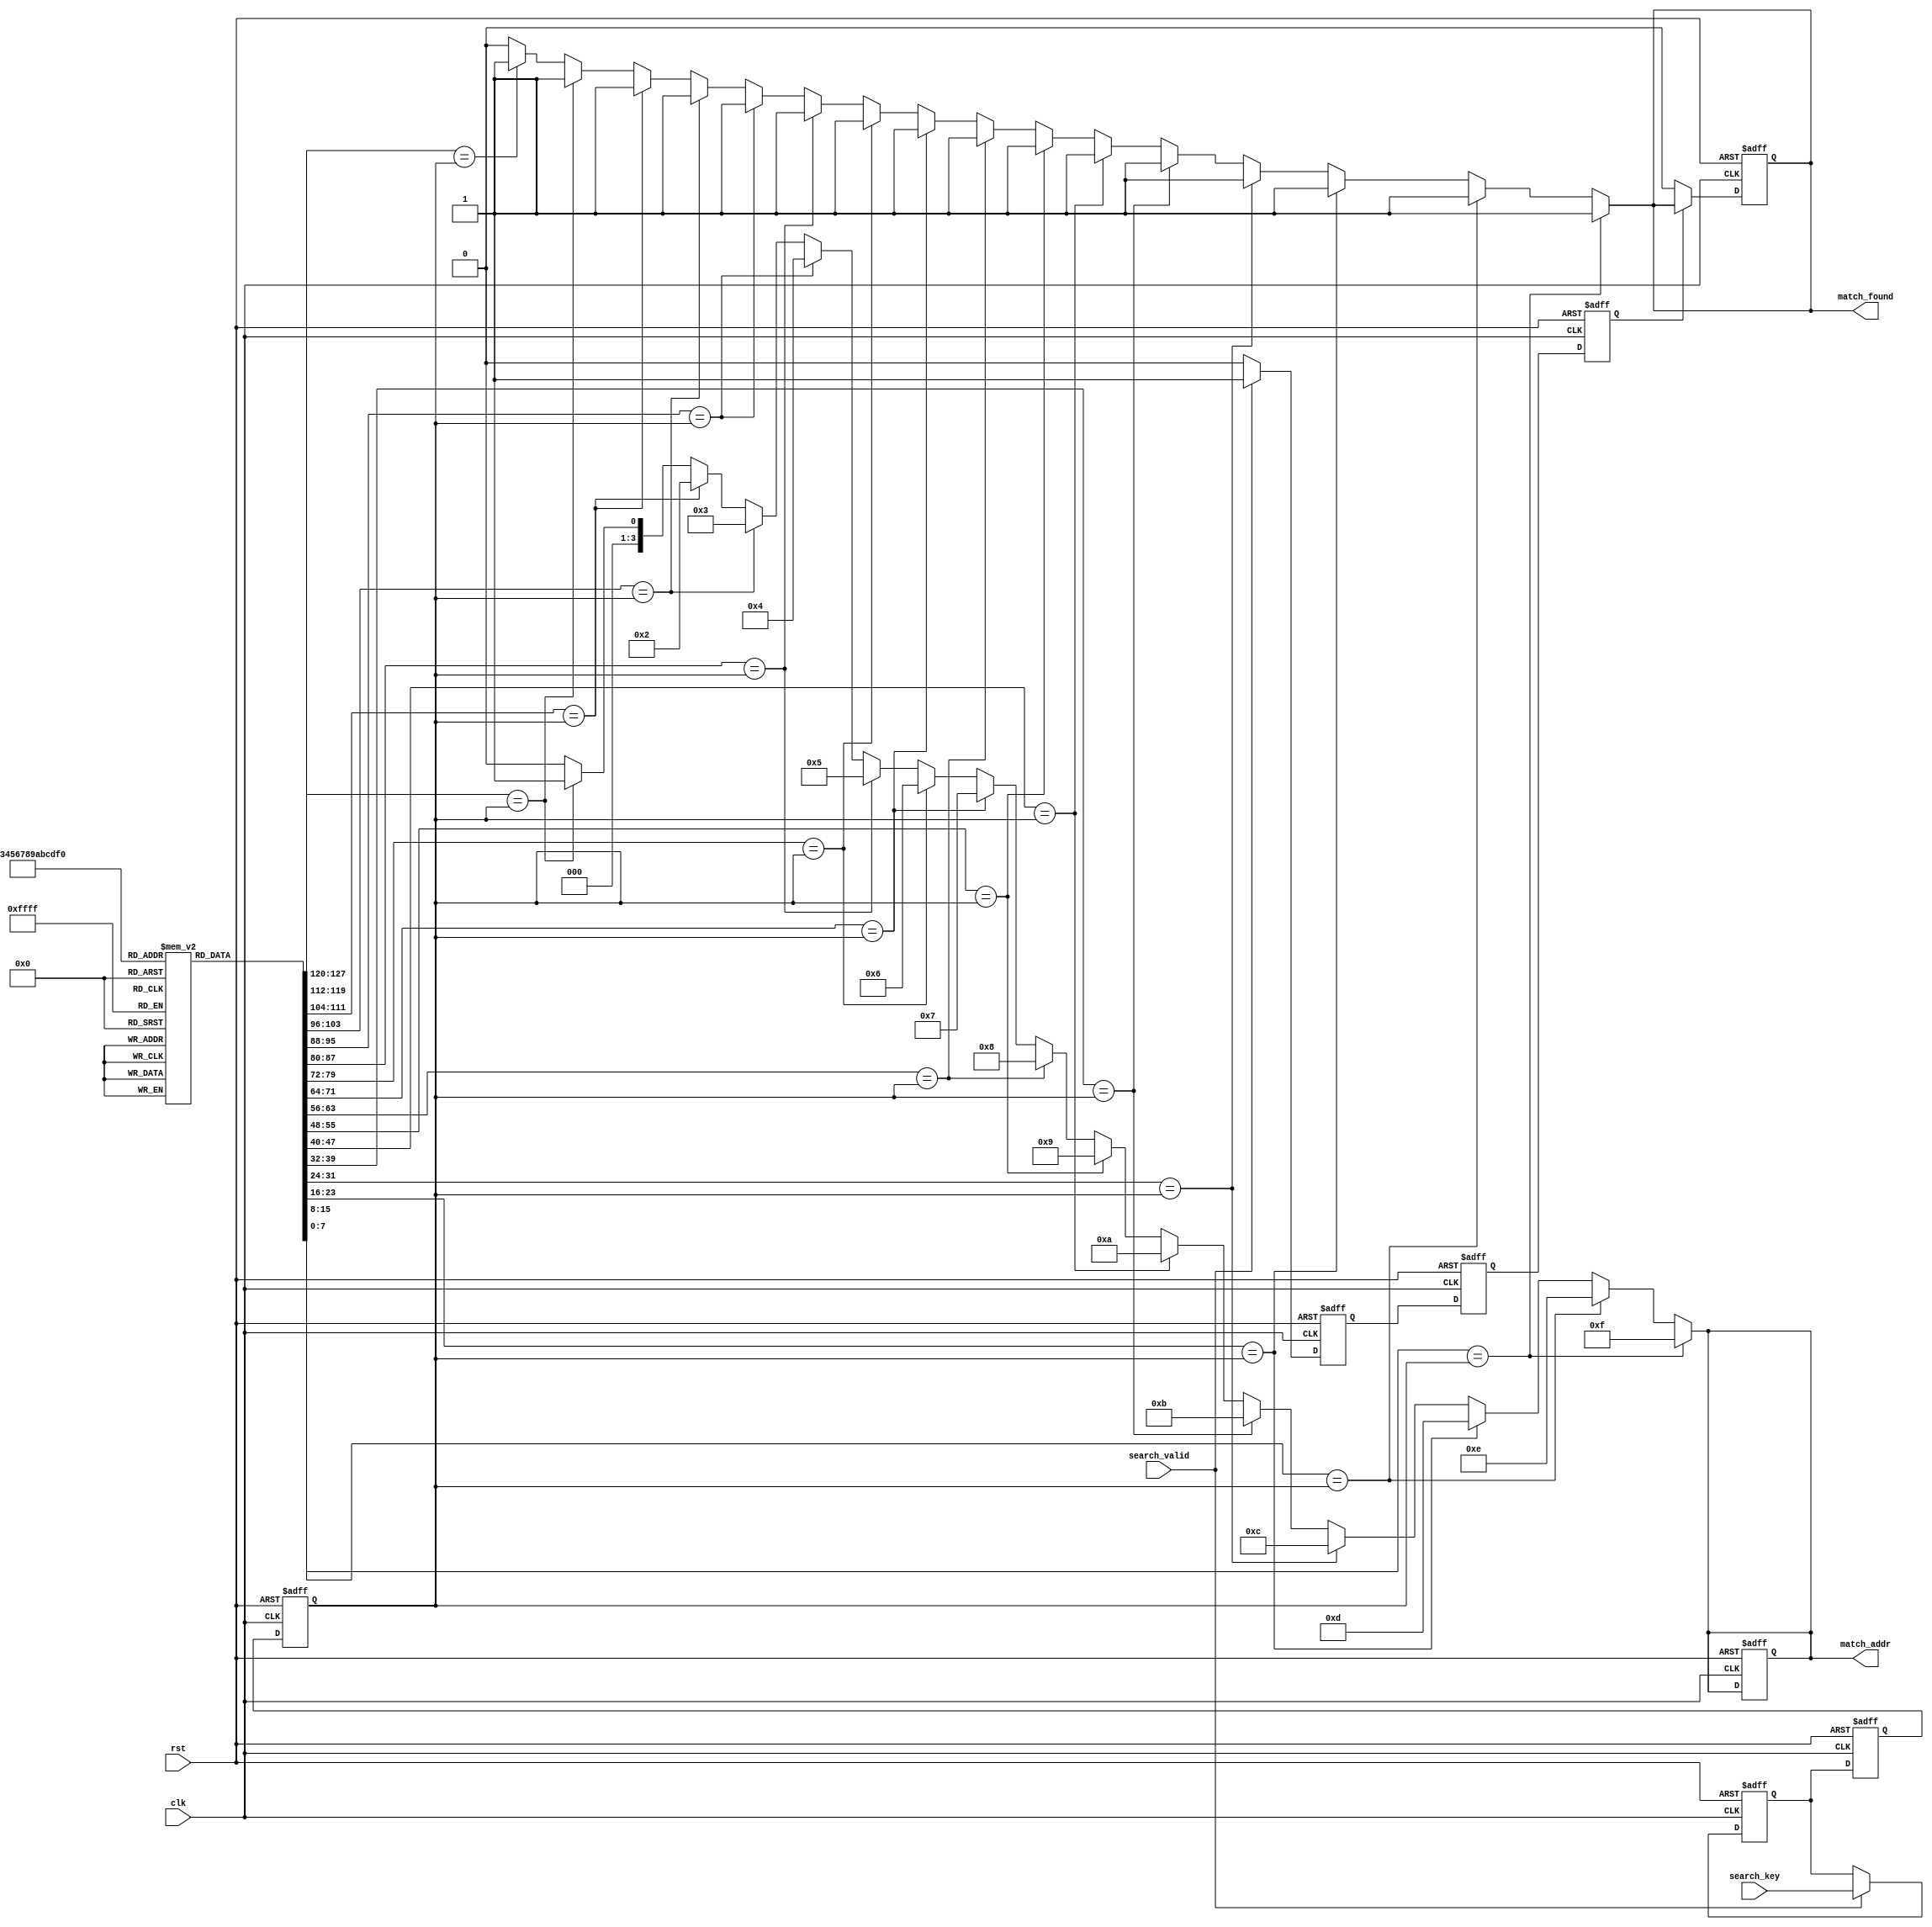
module pipelined_cam #(
    parameter DATA_WIDTH = 8, // Width of each data entry
    parameter ADDR_WIDTH = 4, // Number of entries in the CAM
    parameter PIPELINE_DEPTH = 3 // Number of pipeline stages
)(
    input wire clk,
    input wire rst,
    input wire [DATA_WIDTH-1:0] search_key,
    input wire search_valid,
    output reg [ADDR_WIDTH-1:0] match_addr,
    output reg match_found
);

// Memory array
reg [DATA_WIDTH-1:0] memory [0:(1 << ADDR_WIDTH)-1];

// Pipeline registers
reg [DATA_WIDTH-1:0] pipeline_reg [0:PIPELINE_DEPTH-1];
reg search_valid_reg [0:PIPELINE_DEPTH-1];

// Match logic
wire [ADDR_WIDTH-1:0] match_mask;
wire [ADDR_WIDTH-1:0] match_result;

// Priority encoder
integer i;
always @(*) begin
    match_found = 1'b0;
    match_addr = {ADDR_WIDTH{1'b0}};
    for (i = 0; i < (1 << ADDR_WIDTH); i = i + 1) begin
        if (memory[i] == pipeline_reg[PIPELINE_DEPTH-1]) begin
            match_found = 1'b1;
            match_addr = i[ADDR_WIDTH-1:0];
        end
    end
end

// Input Stage
always @(posedge clk or posedge rst) begin
    if (rst) begin
        pipeline_reg[0] <= {DATA_WIDTH{1'b0}};
        search_valid_reg[0] <= 1'b0;
    end else if (search_valid) begin
        pipeline_reg[0] <= search_key;
        search_valid_reg[0] <= 1'b1;
    end else begin
        search_valid_reg[0] <= 1'b0;
    end
end

// Search Stage
genvar j;
generate
    for (j = 1; j < PIPELINE_DEPTH; j = j + 1) begin : pipeline
        always @(posedge clk or posedge rst) begin
            if (rst) begin
                pipeline_reg[j] <= {DATA_WIDTH{1'b0}};
                search_valid_reg[j] <= 1'b0;
            end else begin
                pipeline_reg[j] <= pipeline_reg[j-1];
                search_valid_reg[j] <= search_valid_reg[j-1];
            end
        end
    end
endgenerate

// Output Stage
always @(posedge clk or posedge rst) begin
    if (rst) begin
        match_addr <= {ADDR_WIDTH{1'b0}};
        match_found <= 1'b0;
    end else if (search_valid_reg[PIPELINE_DEPTH-1]) begin
        match_addr <= match_addr;
        match_found <= match_found;
    end else begin
        match_found <= 1'b0;
    end
end

// Test pattern initialization (for demonstration)
initial begin
    // Initialize memory with test patterns
    memory[0] = 8'hAA;
    memory[1] = 8'hBB;
    memory[2] = 8'hCC;
    memory[3] = 8'hDD;
    memory[4] = 8'hEE;
    memory[5] = 8'hFF;
    memory[6] = 8'h00;
    memory[7] = 8'h11;
end

endmodule